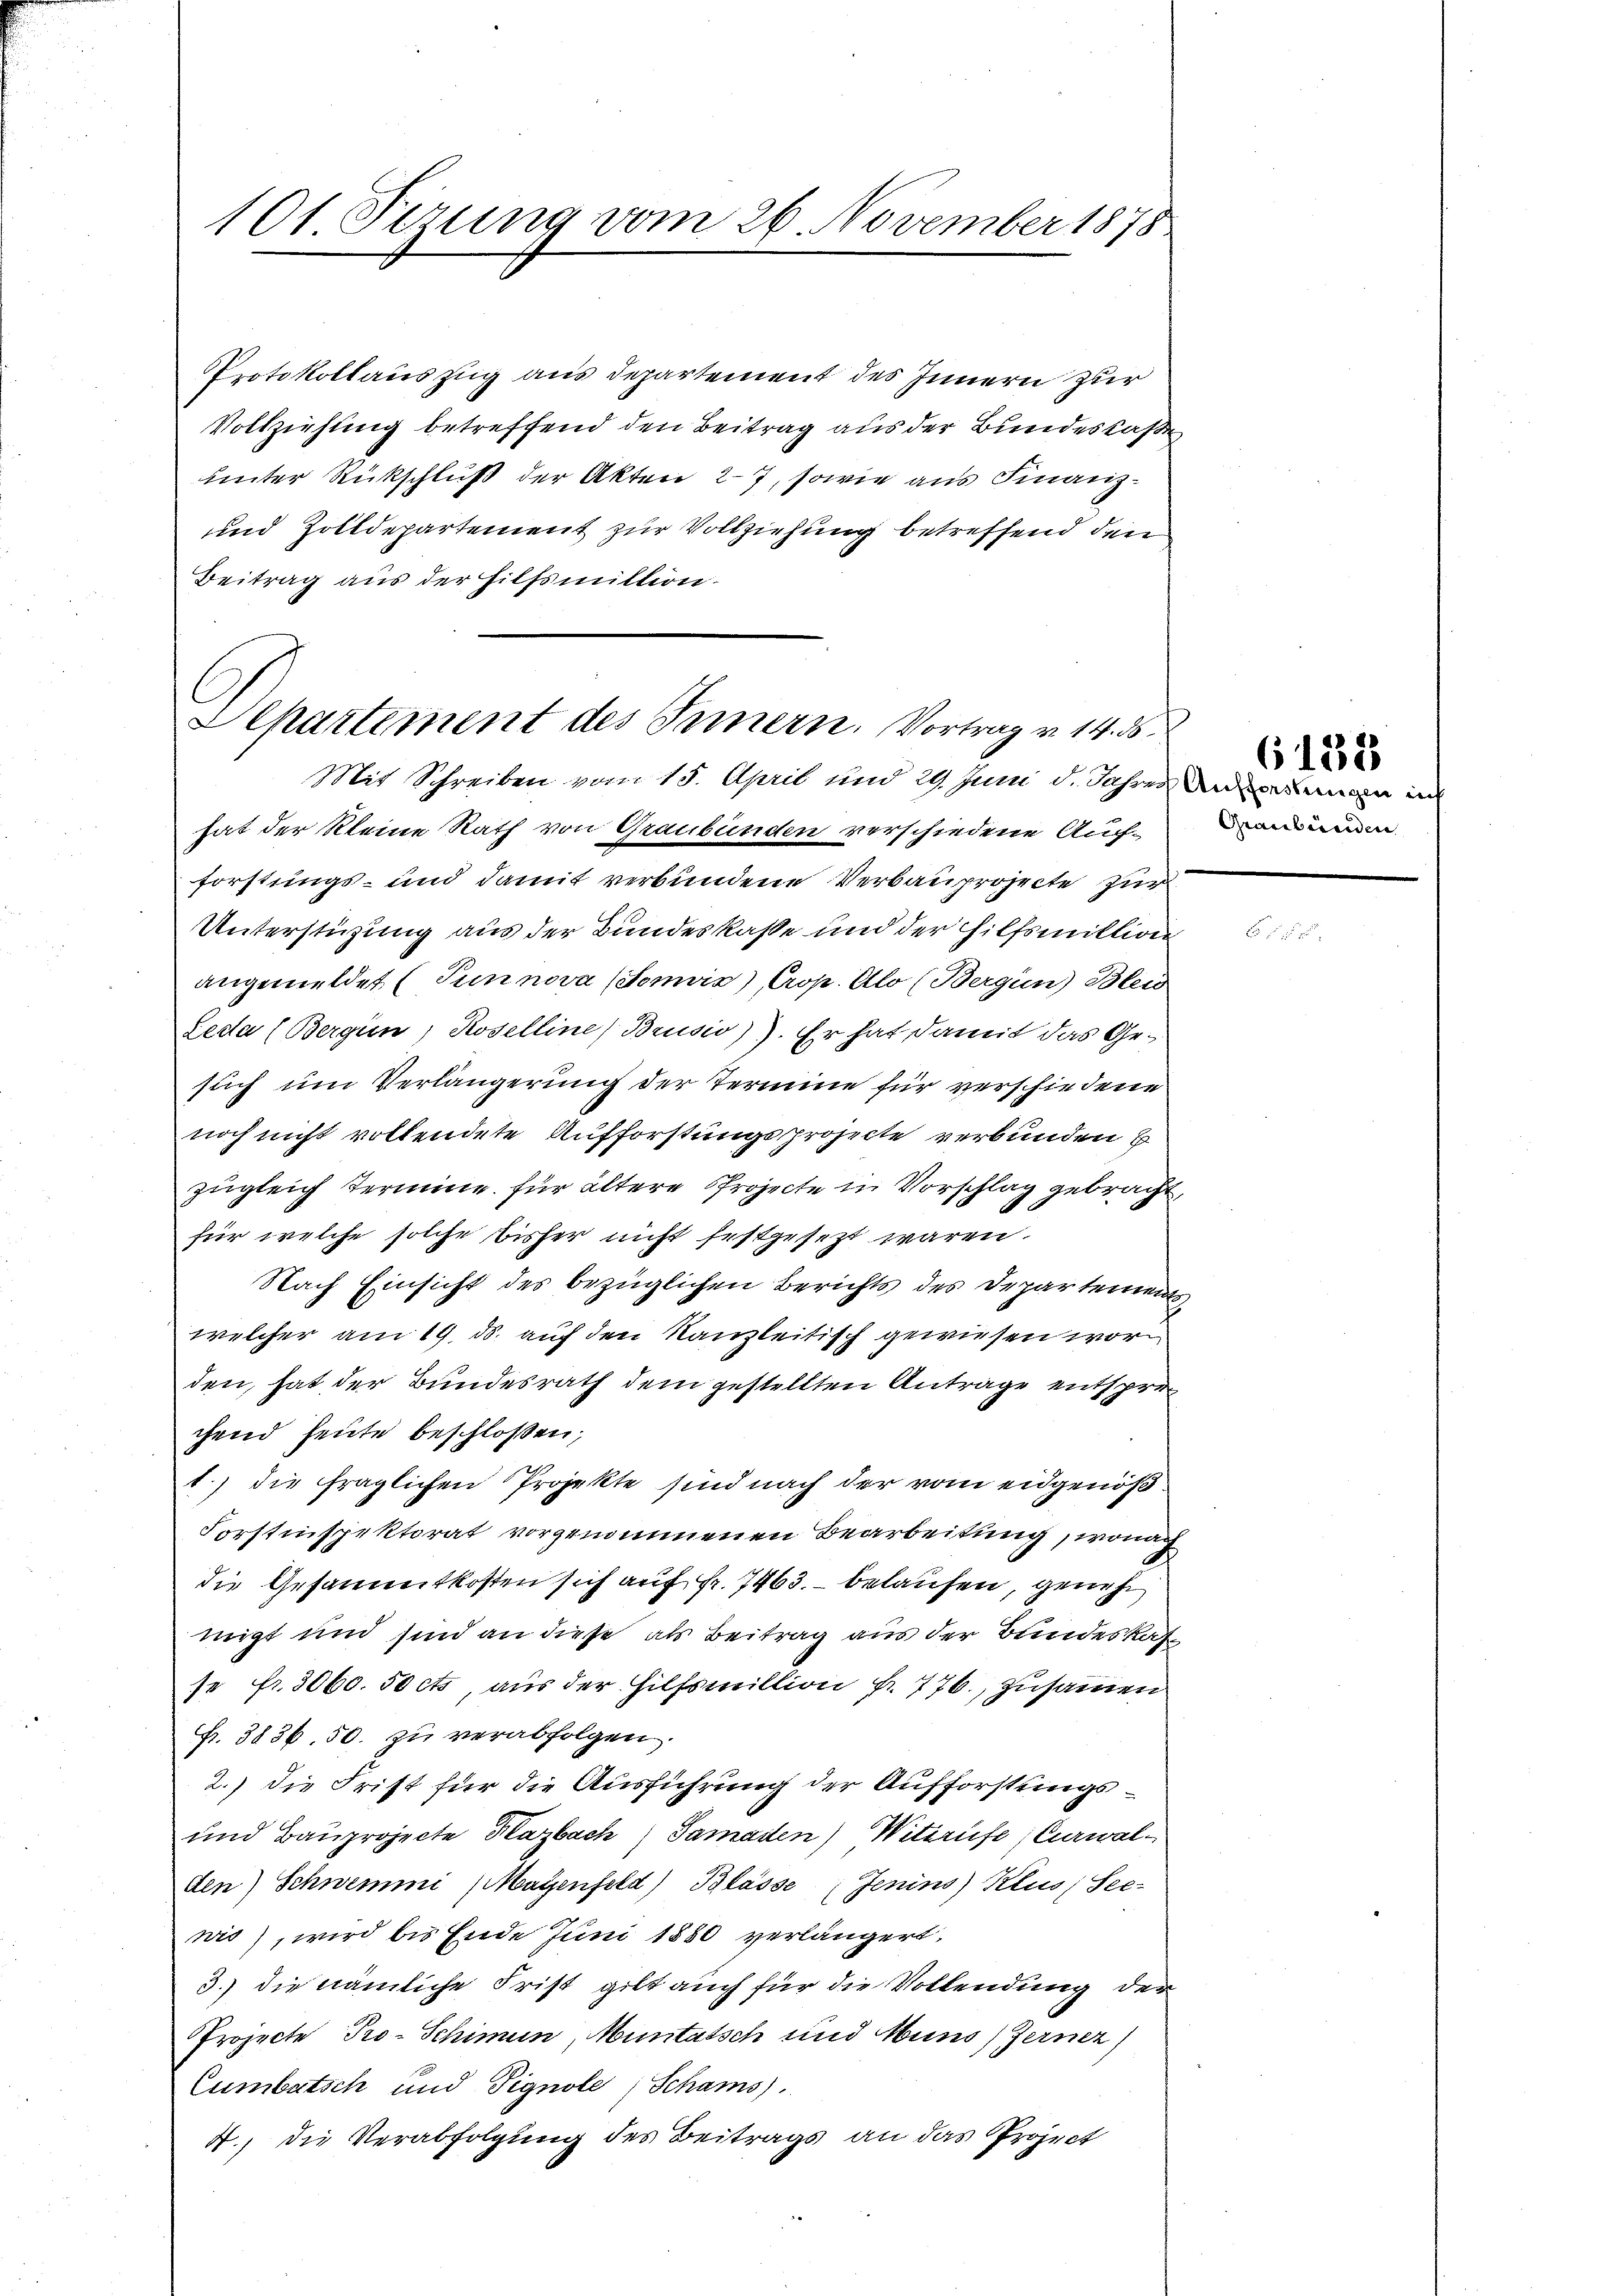
101 Firung vom 26. November 1878

Protokollauszug aus Departement des Innern zur
Vollziehung betreffend den Beitrag aus der Bundeskaße
unter Rückschluß der Akten 27, sowie aus Finanz¬
und Zolldepartement zur Vollziehung betreffend den
Beitrag aus der Hilfsmittion.

Lepartement des Innern, Vortrag v. 14. d.
Mit Schreiben vom 15. April und 29. Juni d. Jahre und man in

hat der kleine Rath von Graubünden verschiedene Aufforstungs- und damit verbundene Verbauprojecte zur
Unterstüzung aus der Bundeskasse und der Hilfsmillion
angemeldet (Punnova (Tomvix) Crop. Alo (Bergün) Blei
Leda (Bergün, Roselline Brusio)). Er hat damit das Gesuch um Verlängerung der Termine für verschiedene
noch nicht vollendete Aufforstungsprojecte verbunden E
zugleich Termine. Für ältere Projecte in Vorschlag gebracht,
für welche solche bisher nicht festgesezt waren.
Nach Einsicht des bezüglichen Berichts des Departement
welcher am 19. ds. auf den Kanzleitisch gewiesen worden, hat der Bundesrath dem gestellten Antrage entsprechend heute beschloßen,
1.) die fraglichen Projekte sind nach der vom eidgenöß
Forstinspektorat vorgenommenen Bearbeitung, wonach
die Gesammtkosten sich auf Fr. 7463. belaufen, geneh
migt und sind an diese als Beitrag aus der Bundeskafe
se fr. 3060. 50 cts, aus der Hilfsmillion fr. 776., zusammen
Fr. 3836. 50. zu verabfolgen.
2.) die Frist für die Ausführung der Aufforstungs¬
und Bauprojecte Hazbach Samaden) Wittriefe (Curwalden) Schwemmi (Mayenfeld) Blasse Jenins) Klus, See-
nis), wird bis Ende Juni 1880 verlängert,
3.) die nämliche Frist gibt auch für die Vollendung der
Projecte Pro- Schimun, Muntatsch und Muns) Ferner)
Cumbatsch und Pignole (Schams).
4, die Verabfolgung des Beitrags an das Project

Graubünden

6132